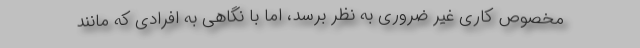
مخصوص کاری غیر ضروری به نظر برسد، اما با نگاهی به افرادی که مانند